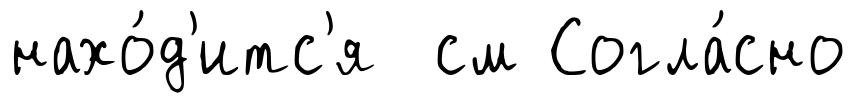
нахо́д'итс'я см Согла́сно